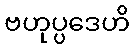
ဗဟုပ္ပဒေဟိ